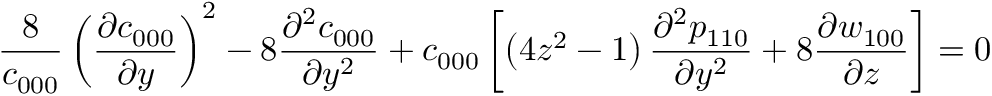
\frac { 8 } { c _ { 0 0 0 } } \left( \frac { \partial c _ { 0 0 0 } } { \partial y } \right) ^ { 2 } - 8 \frac { \partial ^ { 2 } c _ { 0 0 0 } } { \partial y ^ { 2 } } + c _ { 0 0 0 } \left[ \left( 4 z ^ { 2 } - 1 \right) \frac { \partial ^ { 2 } p _ { 1 1 0 } } { \partial y ^ { 2 } } + 8 \frac { \partial w _ { 1 0 0 } } { \partial z } \right] = 0